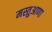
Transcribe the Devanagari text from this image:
मस्तुआणा